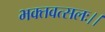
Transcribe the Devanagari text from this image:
भक्तवत्सलः।।